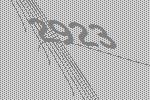
2923